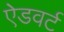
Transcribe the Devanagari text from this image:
ऐडवर्ट